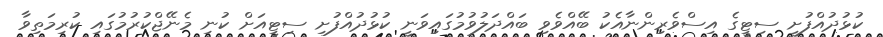
ކުޅުދުއްފުށީ ސިޓީގެ އިސްވެރިންނާއެކު ބޭއްވެވި ބައްދަލުވުމުގައިވަނީ ކުޅުދުއްފުށި ސިޓީއަށް ކުނި މެނޭޖްކުރުމުގައި ކުރިމަތިވާ